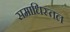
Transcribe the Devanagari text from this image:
समाधिस्तल